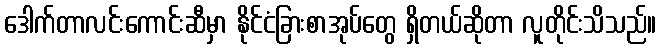
ဒေါက်တာလင်းကောင်းဆီမှာ နိုင်ငံခြားစာအုပ်တွေ ရှိတယ်ဆိုတာ လူတိုင်းသိသည်။